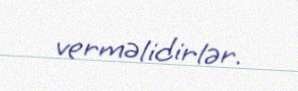
verməlidirlər.